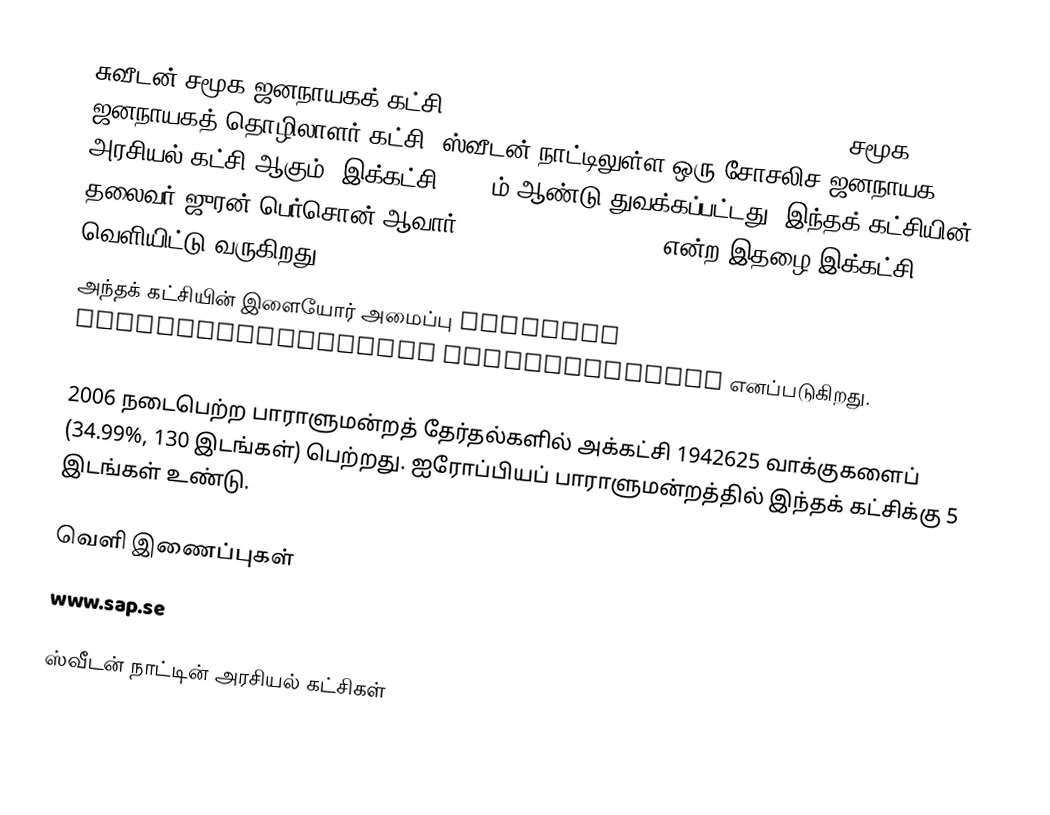
சுவீடன் சமூக ஜனநாயகக் கட்சி (Sveriges Socialdemokratiska Arbetarparti - சமூக ஜனநாயகத் தொழிலாளர் கட்சி) ஸ்வீடன் நாட்டிலுள்ள ஒரு சோசலிச ஜனநாயக அரசியல் கட்சி ஆகும். இக்கட்சி 1889-ம் ஆண்டு துவக்கப்பட்டது. இந்தக் கட்சியின் தலைவர் ஜுரன் பெர்சொன் ஆவார். Aktuellt i Politiken என்ற இதழை இக்கட்சி வெளியிட்டு வருகிறது.
அந்தக் கட்சியின் இளையோர் அமைப்பு Sveriges Socialdemokratiska Ungdomsförbund எனப்படுகிறது.

2006 நடைபெற்ற பாராளுமன்றத் தேர்தல்களில் அக்கட்சி 1942625 வாக்குகளைப் (34.99%, 130 இடங்கள்) பெற்றது. ஐரோப்பியப் பாராளுமன்றத்தில் இந்தக் கட்சிக்கு  5 இடங்கள் உண்டு.

வெளி இணைப்புகள்
 www.sap.se

ஸ்வீடன் நாட்டின் அரசியல் கட்சிகள்